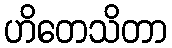
ဟိတေသိတာ